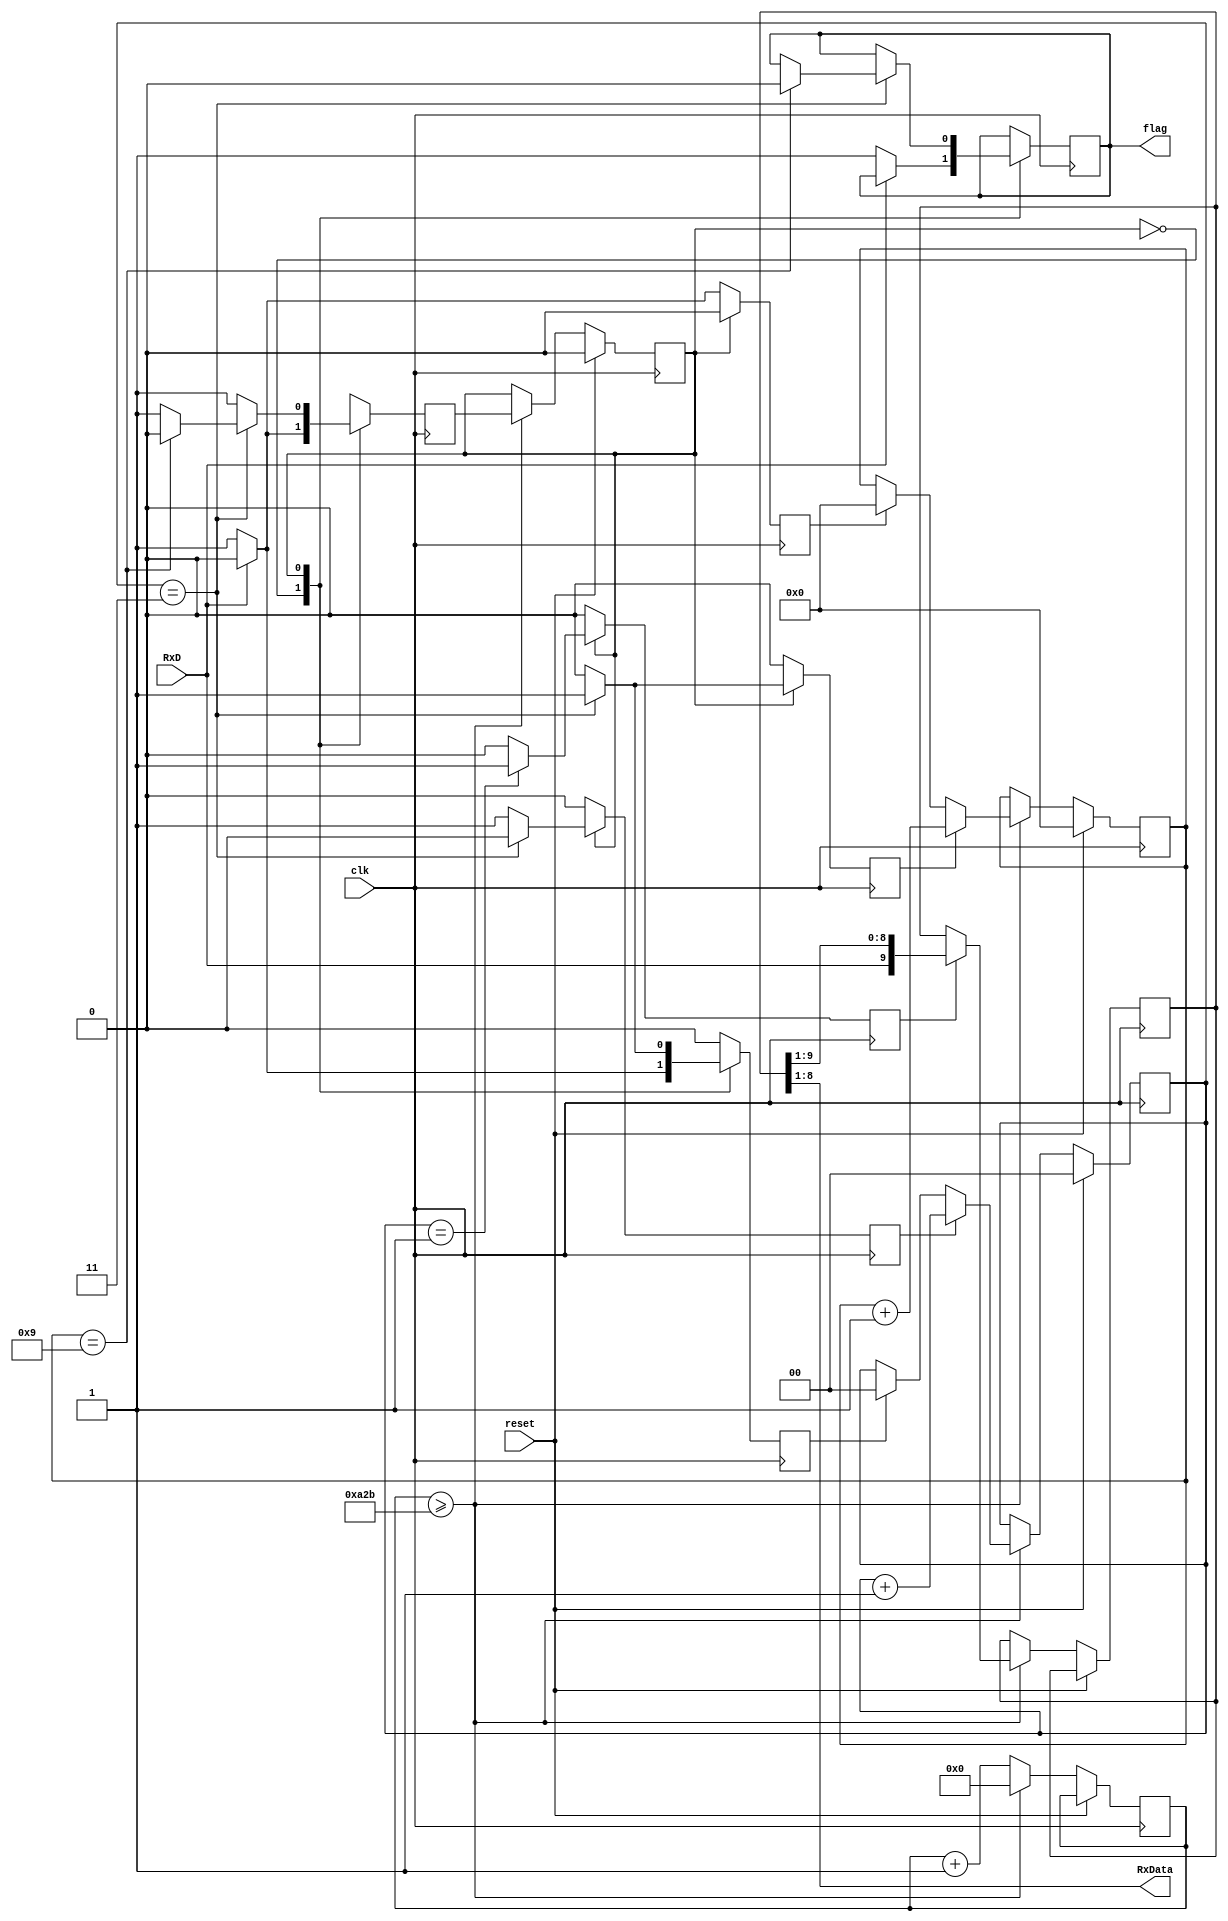
`timescale 1ns / 1ps
//////////////////////////////////////////////////////////////////////////////////
// Company: 
// Engineer: 
// 
// Design Name: 
// Module Name: transmitter
// Project Name: 
// Target Devices: 
// Tool Versions: 
// Description: 
// 
// Dependencies: 
// 
// Revision:
// Revision 0.01 - File Created
// Additional Comments:
// 
//////////////////////////////////////////////////////////////////////////////////


module receiver(
    input clk,
//    input [2:0] data,   // changed from 8 to 3 bits because only need 3 input for selector
    // ^ changed from 3 bits to just 1 bit because only 1 input needs to be sent to the transmitter to be sent to the PC
    input RxD, // 
    input reset,
    output [7:0] RxData, // data we recieve on the FPGA, reflected using 8 led array
    output reg flag // status flag for receiving/idle state
    );
   
    
    // internal variables
    
    reg [3:0] bit_counter;  // 8 bits of data 1 start 1 stop bit, 10 bits total need 4 bits
    reg [13:0] baudrate_counter; // 10,415, counter = clock(100Mhz)/ baudrate(9600)
    reg [9:0] shiftright_register; // 9 bits that will be serially trasnmitted through UART to the Basys 3
    reg state,next_state; // Idle mode and transmit modes.
    reg shift; // shift the signal the to start shifting the bits in the UART
    reg load;   // load signal to start loading the data into the shiftright register and to also add start and stop bits
    reg clear; // resets the bit_counter for UART transmission to start the process all over again
    reg clear_bitcounter, inc_bitcounter, inc_samplecounter, clear_samplecounter;
    reg [1:0] sample_counter;   //frequency of 4*baudrate
    
    // constants
    parameter clk_freq = 100_000_000;
    parameter baud_rate = 9600;
    parameter div_sample = 4;
    parameter div_counter = clk_freq/(baud_rate*div_sample);
    parameter mid_sample = (div_sample/2);  // middle point of a bit where you want to sample data
    parameter div_bit = 10; // 10 bits 1 start, stop, 8 data
    
    assign RxData = shiftright_register [8:1];  // bits 1-8 are the data bits. 
    
    // Receiver logic
    
    always @ (posedge clk)
    begin
        if(reset) begin
            state<=0;
            bit_counter <=0;
            sample_counter<=0;
        end else begin
            baudrate_counter <= baudrate_counter + 1;
            if(baudrate_counter >= div_counter-1) begin // if counter reaches baud with sampling
                baudrate_counter <=0;   // reset the baud counter
                state <= next_state;    // go to the next state
                if (shift)shiftright_register <= {RxD,shiftright_register[9:1]};    // shift asserted, load receiving data
                if (clear_samplecounter) sample_counter <=0;
                if (inc_samplecounter) sample_counter <= sample_counter + 1;
                if (clear_bitcounter) bit_counter <=0;
                if (inc_bitcounter) bit_counter <= bit_counter + 1;
             end
         end
    end        
   
   
   // State machine (tranmit <-> idle)

    always @(posedge clk)
    begin
        shift <= 0;
        clear_samplecounter <= 0;
        inc_samplecounter <= 0;
        clear_bitcounter <= 0;
        inc_bitcounter <= 0;
        next_state <= 0;    // idle state
        
        case (state)
            0: begin    // idle state
                if (RxD)    // if RxD is asserted, stay in idle state
                    begin
                    next_state <= 0;    // idle state, RxD needs to be low to start the transmission
                    end
                else begin  // if not, be in receiving state, clear counters
                    next_state <= 1;
                    flag <=1;
                    clear_bitcounter <= 1;
                    clear_samplecounter <= 1;
                end
            end
            1: begin    // transmission state
                next_state <= 1;
                if(sample_counter == mid_sample -1) shift <=1;  // if sample count is 1, trigger the shift
                    if(sample_counter == div_sample - 1) begin  // if the sample counter is 3 as the sample rate used is 4
                    if(bit_counter == div_bit -1) begin // check if the bit coutner is 9 or not
                    next_state <=0; // if so, all the bits have been received, go back to idle state
                    flag<=0;    // done receiving flag is 0 for idle
                    end
                    inc_bitcounter <=1; // trigger the bit count if the bit count is not 9
                    clear_samplecounter <=1;   // trigger the clearing sample counter
                    end else inc_samplecounter <=1; // if the sample counter not equal to 3, increment
                    end
             default: next_state <=0;
        endcase
    end
endmodule